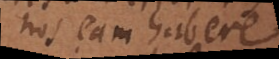
nos eam habere